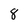
Character: 8